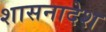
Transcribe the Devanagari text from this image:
शासनादेश